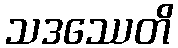
သဒဿေတိ